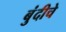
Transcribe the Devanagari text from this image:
बुंदीचे